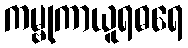
ကမ္ဗုကာယူရဓရေ